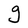
Character: g